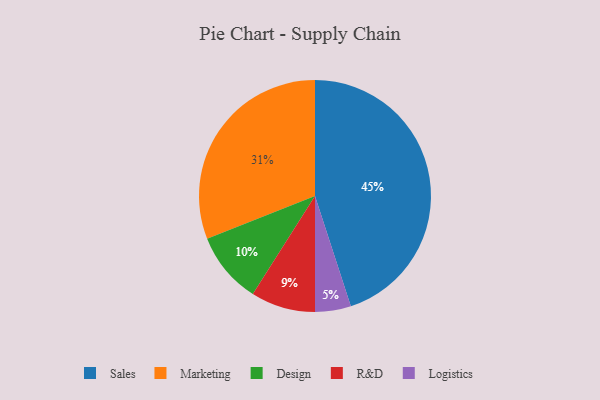
{"axis": {"x": "Category", "y": "Percentage"}, "legend": ["Design", "Logistics", "Marketing", "R&D", "Sales"], "data": [{"x": "Logistics", "y": 5, "type": "Logistics"}, {"x": "Marketing", "y": 31, "type": "Marketing"}, {"x": "Sales", "y": 45, "type": "Sales"}, {"x": "R&D", "y": 9, "type": "R&D"}, {"x": "Design", "y": 10, "type": "Design"}]}